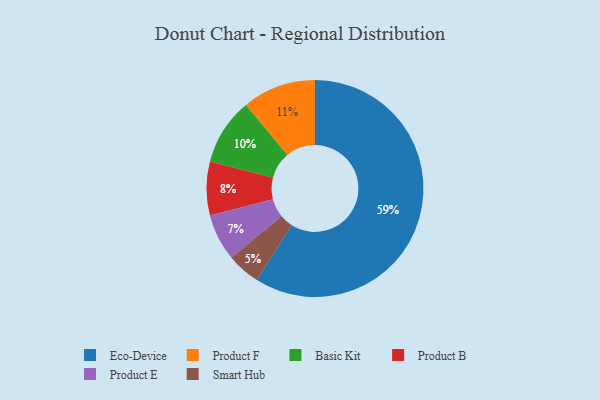
{"axis": {"x": "Category", "y": "Percentage"}, "legend": ["Basic Kit", "Eco-Device", "Product B", "Product E", "Product F", "Smart Hub"], "data": [{"x": "Eco-Device", "y": 59, "type": "Eco-Device"}, {"x": "Smart Hub", "y": 5, "type": "Smart Hub"}, {"x": "Product B", "y": 8, "type": "Product B"}, {"x": "Product F", "y": 11, "type": "Product F"}, {"x": "Basic Kit", "y": 10, "type": "Basic Kit"}, {"x": "Product E", "y": 7, "type": "Product E"}]}